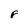
Character: F